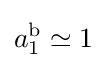
a_{1}^{\text{b}}\simeq 1